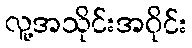
လူ့အသိုင်းအဝိုင်း